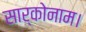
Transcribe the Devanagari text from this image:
सार्कोनाम।